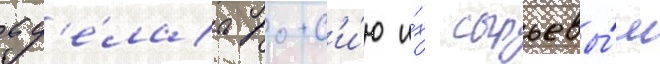
сд'е́лать росс'и́ю и́х сырьевы́м